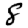
Digit: 8